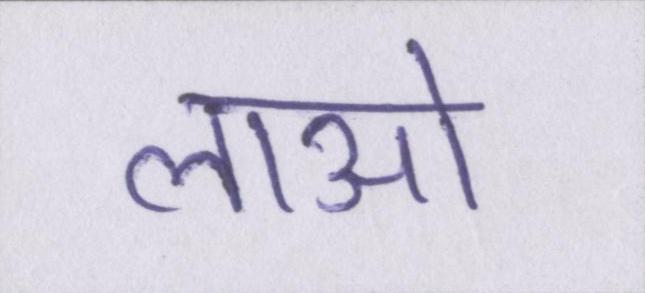
लाओ